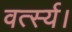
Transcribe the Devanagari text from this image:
वर्त्स्य।